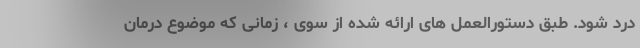
درد شود. طبق دستورالعمل های ارائه شده از سوی ، زمانی که موضوع درمان